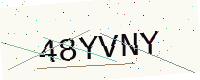
Text: 48YVNY